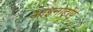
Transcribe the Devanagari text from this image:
आइनोट्रोप